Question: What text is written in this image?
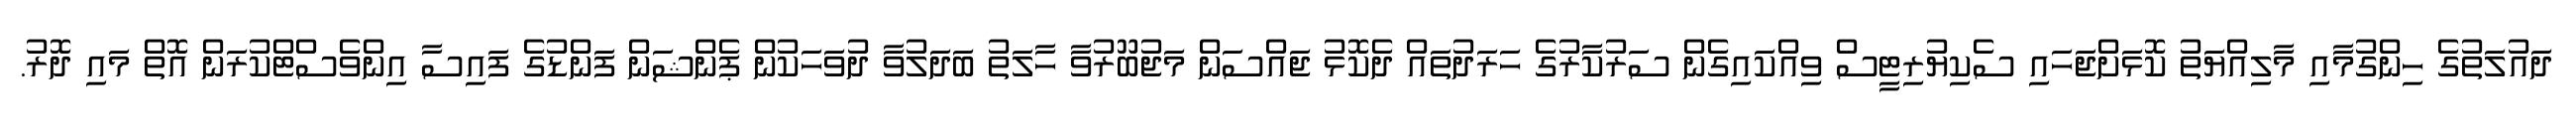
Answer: ދައުލަތުގެ ހިންގުމާއި މާލިއްޔަތު ކޮޅަށްޖަހައި ސެކިޔުރިޓީސް ވިއްކައިގެން ސަރުކާރުގެ ހަރަދުތައް ދެކޮޅު ޖައްސަން މަޖުބޫރުވާ ހާލަތު ބަދަލުވާ ދުވަހަކުން ޕެންޝަން ފަންޑުގެ ފައިސާ އިންވެސްޓްކުރަން އޮތް މައި ދޮރު.